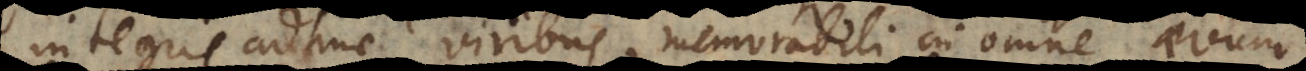
integris adhuc viribus, memorabili in omne aevum